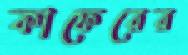
কাফেরের